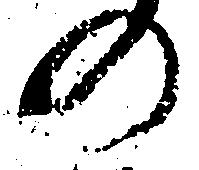
の